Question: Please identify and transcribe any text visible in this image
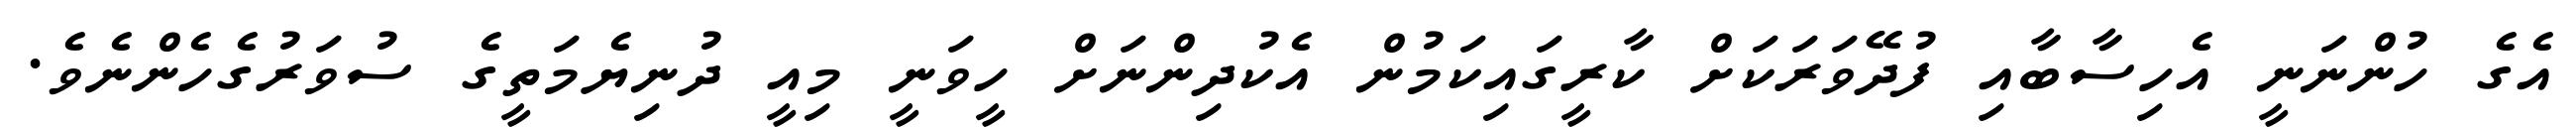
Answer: އެގެ ހުންނަނީ އެހިސާބާއި ފުދޭވަރަކަށް ކާރީގައިކަމުން އެކުދިންނަށް ހީވަނީ މިއީ ދުނިޔެމަތީގެ ސުވަރުގެހެންނެވެ.